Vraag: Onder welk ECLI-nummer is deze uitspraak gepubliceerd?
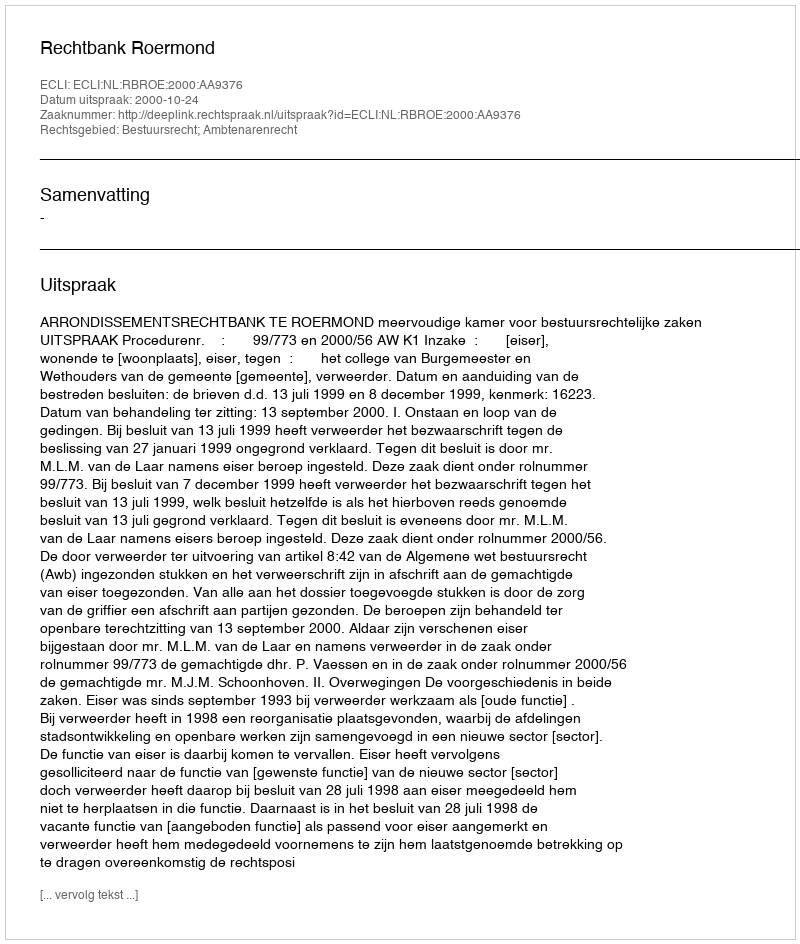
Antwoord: ECLI:NL:RBROE:2000:AA9376